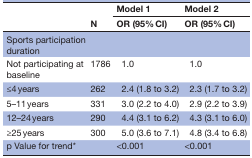
<table><thead><tr><td rowspan="2"></td><td rowspan="2"><b>N</b></td><td><b>Model 1</b></td><td><b>Model 2</b></td></tr><tr><td><b>OR (95% CI)</b></td><td><b>OR (95% CI)</b></td></tr></thead><tbody><tr><td>Sports participation duration</td><td colspan="3"></td></tr><tr><td>Not participating at baseline</td><td>1786</td><td>1.0</td><td>1.0</td></tr><tr><td>≤4 years</td><td>262</td><td>2.4 (1.8 to 3.2)</td><td>2.3 (1.7 to 3.2)</td></tr><tr><td>5–11 years</td><td>331</td><td>3.0 (2.2 to 4.0)</td><td>2.9 (2.2 to 3.9)</td></tr><tr><td>12–24 years</td><td>290</td><td>4.4 (3.1 to 6.2)</td><td>4.3 (3.1 to 6.0)</td></tr><tr><td>≥25 years</td><td>300</td><td>5.0 (3.6 to 7.1)</td><td>4.8 (3.4 to 6.8)</td></tr><tr><td>p Value for trend*</td><td></td><td>&lt;0.001</td><td>&lt;0.001</td></tr></tbody></table>